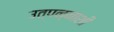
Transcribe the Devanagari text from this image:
उत्पन्नाशी